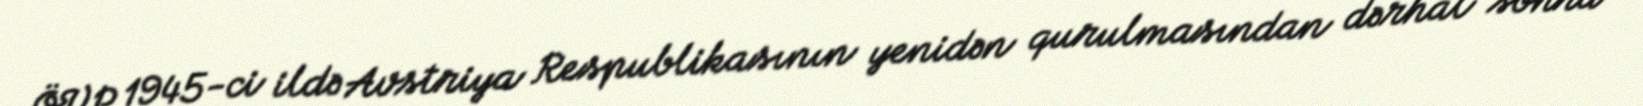
ÖVP 1945-ci ildə Avstriya Respublikasının yenidən qurulmasından dərhal sonra